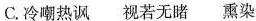
C. 冷嘲热讽 视若无睹 熏染